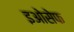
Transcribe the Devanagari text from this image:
इओसेफ